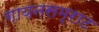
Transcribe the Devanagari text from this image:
गायनसम्राट